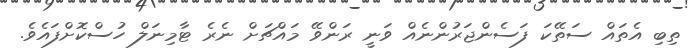
ތިބި އެތައް ސަތޭކަ ފަސެންޖަރުންނެއް ވަނީ ރަންވޭ މައްޗަށް ނެރެ ޓާމިނަލް ހުސްކޮށްފައެވެ.